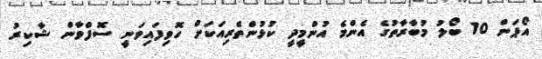
އޯޕަން 10 ބޯލު މުބާރާތުގެ އެންމެ އުންމީދީ ކުޅުންތެރިއަކަށް ހޮވިފައިވަނީ ސޮފްވާން ޝާކިރު